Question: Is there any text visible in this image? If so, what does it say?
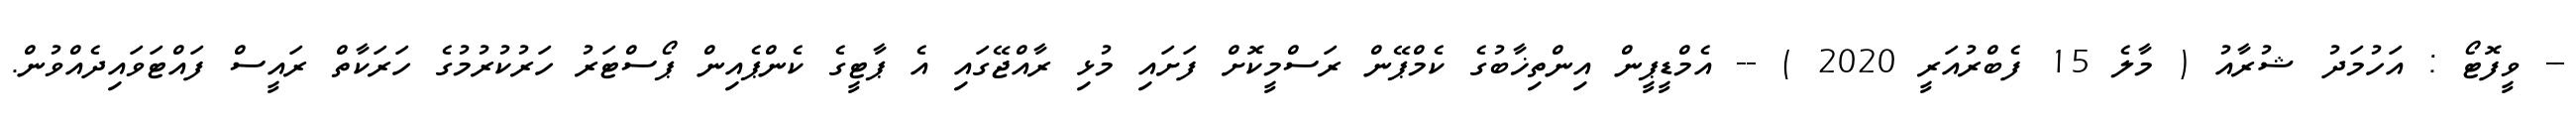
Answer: -- ވީފޮޓޯ : އަހުމަދު ޝުރާއު ( މާލެ 15 ފެބްރުއަރީ 2020 ) -- އެމްޑީޕީން އިންތިޚާބުގެ ކެމްޕޭން ރަސްމީކޮށް ފަށައި މުޅި ރާއްޖޭގައި އެ ޕާޓީގެ ކެންޕެއިން ޕޯސްޓަރު ހަރުކުރުމުގެ ހަރަކާތް ރައީސް ފައްޓަވައިދެއްވުން.